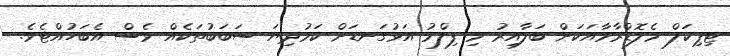
ޓިޕިކަލް މެލޮޑްރާމާއަކަށް ބަލާއިރު މި ފިލްމު އަޅުގަނޑަށް ކަމުދިޔަ ސަބަބުތަކެއް ވެސް އެބަހުއްޓެވެ.